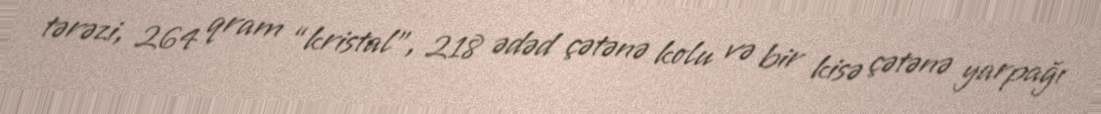
tərəzi, 264 qram “kristal”, 218 ədəd çətənə kolu və bir kisə çətənə yarpağı